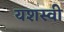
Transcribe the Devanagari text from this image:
यशस्‍वी